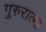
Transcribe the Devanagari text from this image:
गुरुरात्मा